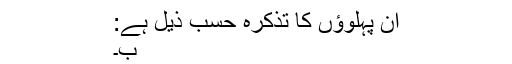
ان پہلوؤں کا تذکرہ حسب ذیل ہے:
ب۔